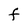
Character: F